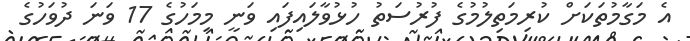
އެ މަގާމުތަކަށް ކުރިމަތިލުމުގެ ފުރުސަތު ހުޅުވާލައިފައި ވަނީ މިމަހުގެ 17 ވަނަ ދުވަހުގެ